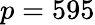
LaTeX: p=595